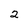
Character: 2